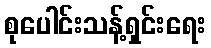
စုပေါင်းသန့်ရှင်းရေး